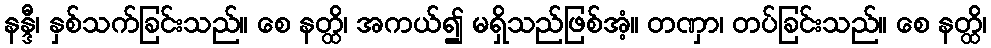
နန္ဒီ၊ နှစ်သက်ခြင်းသည်။ စေ နတ္ထိ၊ အကယ်၍ မရှိသည်ဖြစ်အံ့။ တဏှာ၊ တပ်ခြင်းသည်။ စေ နတ္ထိ၊